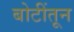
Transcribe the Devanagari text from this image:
बोटींतून